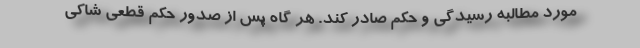
مورد مطالبه رسیدگی و حکم صادر کند. هر گاه پس از صدور حکم قطعی شاکی